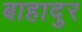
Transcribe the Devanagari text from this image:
बाहादुर